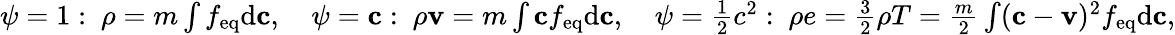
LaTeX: \begin{array}{r}{\psi=1:\ \rho=m\int f_{\textrm{eq}}\textrm{d}\mathbf c,\quad\psi=\mathbf c:\ \rho\mathbf v=m\int\mathbf cf_{\textrm{eq}}\textrm{d}\mathbf c,\quad\psi=\frac{1}{2}c^{2}:\ \rho e=\frac{3}{2}\rho T=\frac{m}{2}\int(\mathbf c-\mathbf v)^{2}f_{\textrm{eq}}\textrm{d}\mathbf c,}\end{array}